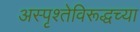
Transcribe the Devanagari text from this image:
अस्पृश्तेविरूद्धच्या